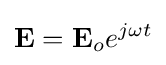
\mathbf {E} =\mathbf {E} _{o}e^{j\omega t}